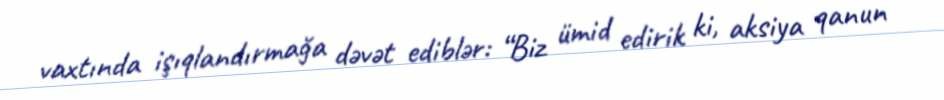
vaxtında işıqlandırmağa dəvət ediblər: “Biz ümid edirik ki, aksiya qanun